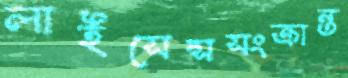
লাইসেন্সসংক্রান্ত